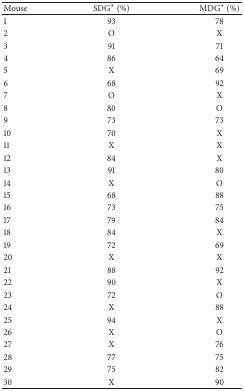
<table><thead><tr><td><b>Mouse</b></td><td><b>SDG<sup><i>∗</i></sup> (%)</b></td><td><b>MDG<sup><i>∗</i></sup> (%)</b></td></tr></thead><tbody><tr><td>1</td><td>93</td><td>78</td></tr><tr><td>2</td><td>O</td><td>X</td></tr><tr><td>3</td><td>91</td><td>71</td></tr><tr><td>4</td><td>86</td><td>64</td></tr><tr><td>5</td><td>X</td><td>69</td></tr><tr><td>6</td><td>68</td><td>92</td></tr><tr><td>7</td><td>O</td><td>X</td></tr><tr><td>8</td><td>80</td><td>O</td></tr><tr><td>9</td><td>73</td><td>73</td></tr><tr><td>10</td><td>70</td><td>X</td></tr><tr><td>11</td><td>X</td><td>X</td></tr><tr><td>12</td><td>84</td><td>X</td></tr><tr><td>13</td><td>91</td><td>80</td></tr><tr><td>14</td><td>X</td><td>O</td></tr><tr><td>15</td><td>68</td><td>88</td></tr><tr><td>16</td><td>73</td><td>75</td></tr><tr><td>17</td><td>79</td><td>84</td></tr><tr><td>18</td><td>84</td><td>X</td></tr><tr><td>19</td><td>72</td><td>69</td></tr><tr><td>20</td><td>X</td><td>X</td></tr><tr><td>21</td><td>88</td><td>92</td></tr><tr><td>22</td><td>90</td><td>X</td></tr><tr><td>23</td><td>72</td><td>O</td></tr><tr><td>24</td><td>X</td><td>88</td></tr><tr><td>25</td><td>94</td><td>X</td></tr><tr><td>26</td><td>X</td><td>O</td></tr><tr><td>27</td><td>X</td><td>76</td></tr><tr><td>28</td><td>77</td><td>75</td></tr><tr><td>29</td><td>75</td><td>82</td></tr><tr><td>30</td><td>X</td><td>90</td></tr></tbody></table>